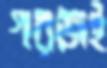
গরজই